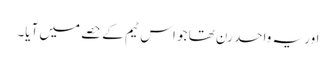
اور یہ واحد رن تھا جو اس ٹیم کے حصے میں آیا۔